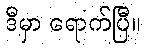
ဒီမှာ ရောက်ပြီ။